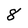
Character: 8